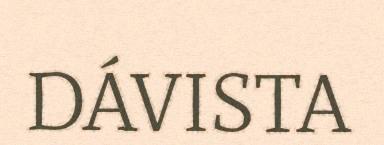
DÁVISTA